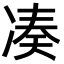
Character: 凑